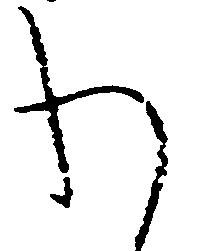
わ